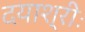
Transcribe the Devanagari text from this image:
दयाश्रीः